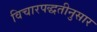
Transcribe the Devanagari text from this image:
विचारपद्धतीनुसार